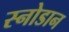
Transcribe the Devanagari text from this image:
स्नोडान